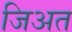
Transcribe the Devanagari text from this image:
जिअत